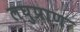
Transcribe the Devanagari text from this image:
लघुप्राण